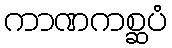
ကာဏကစ္ဆပံ